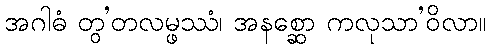
အဂါဓံ တွ’တလမ္ဖဿံ၊ အနစ္ဆော ကလုသာ’ဝိလာ။